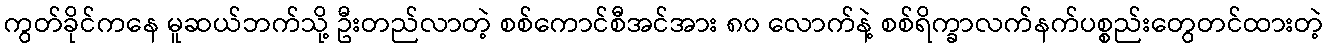
ကွတ်ခိုင်ကနေ မူဆယ်ဘက်သို့ ဦးတည်လာတဲ့ စစ်ကောင်စီအင်အား ၈၀ လောက်နဲ့ စစ်ရိက္ခာလက်နက်ပစ္စည်းတွေတင်ထားတဲ့